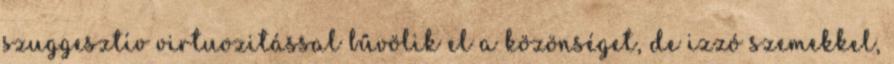
szuggesztív virtuozitással bűvölik el a közönséget, de izzó szemekkel,